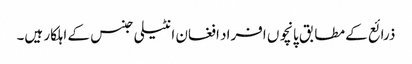
ذرائع کے مطابق پانچوں افراد افغان انٹیلی جنس کے اہلکار ہیں۔